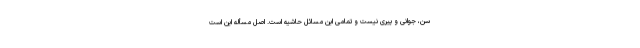
سن، جوانی و پیری نیست و تمامی این مسائل حاشیه است. اصل مسأله این است